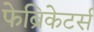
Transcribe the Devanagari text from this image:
फेब्रिकेटर्स